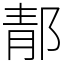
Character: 郬